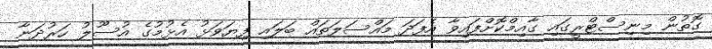
ގޮތުން މިނިސްޓްރީގައި ގާއިމްކޮށްފައިވާ އެފަދަ މައްސަލަތައް ބަލައި ފިޔަވަޅު އެޅުމުގެ އުސޫލު ހަރުދަނާ